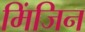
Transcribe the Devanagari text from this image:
मिंजिन